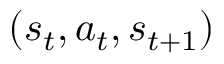
( s _ { t } , a _ { t } , s _ { t + 1 } )